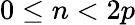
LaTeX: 0\leq n<2p